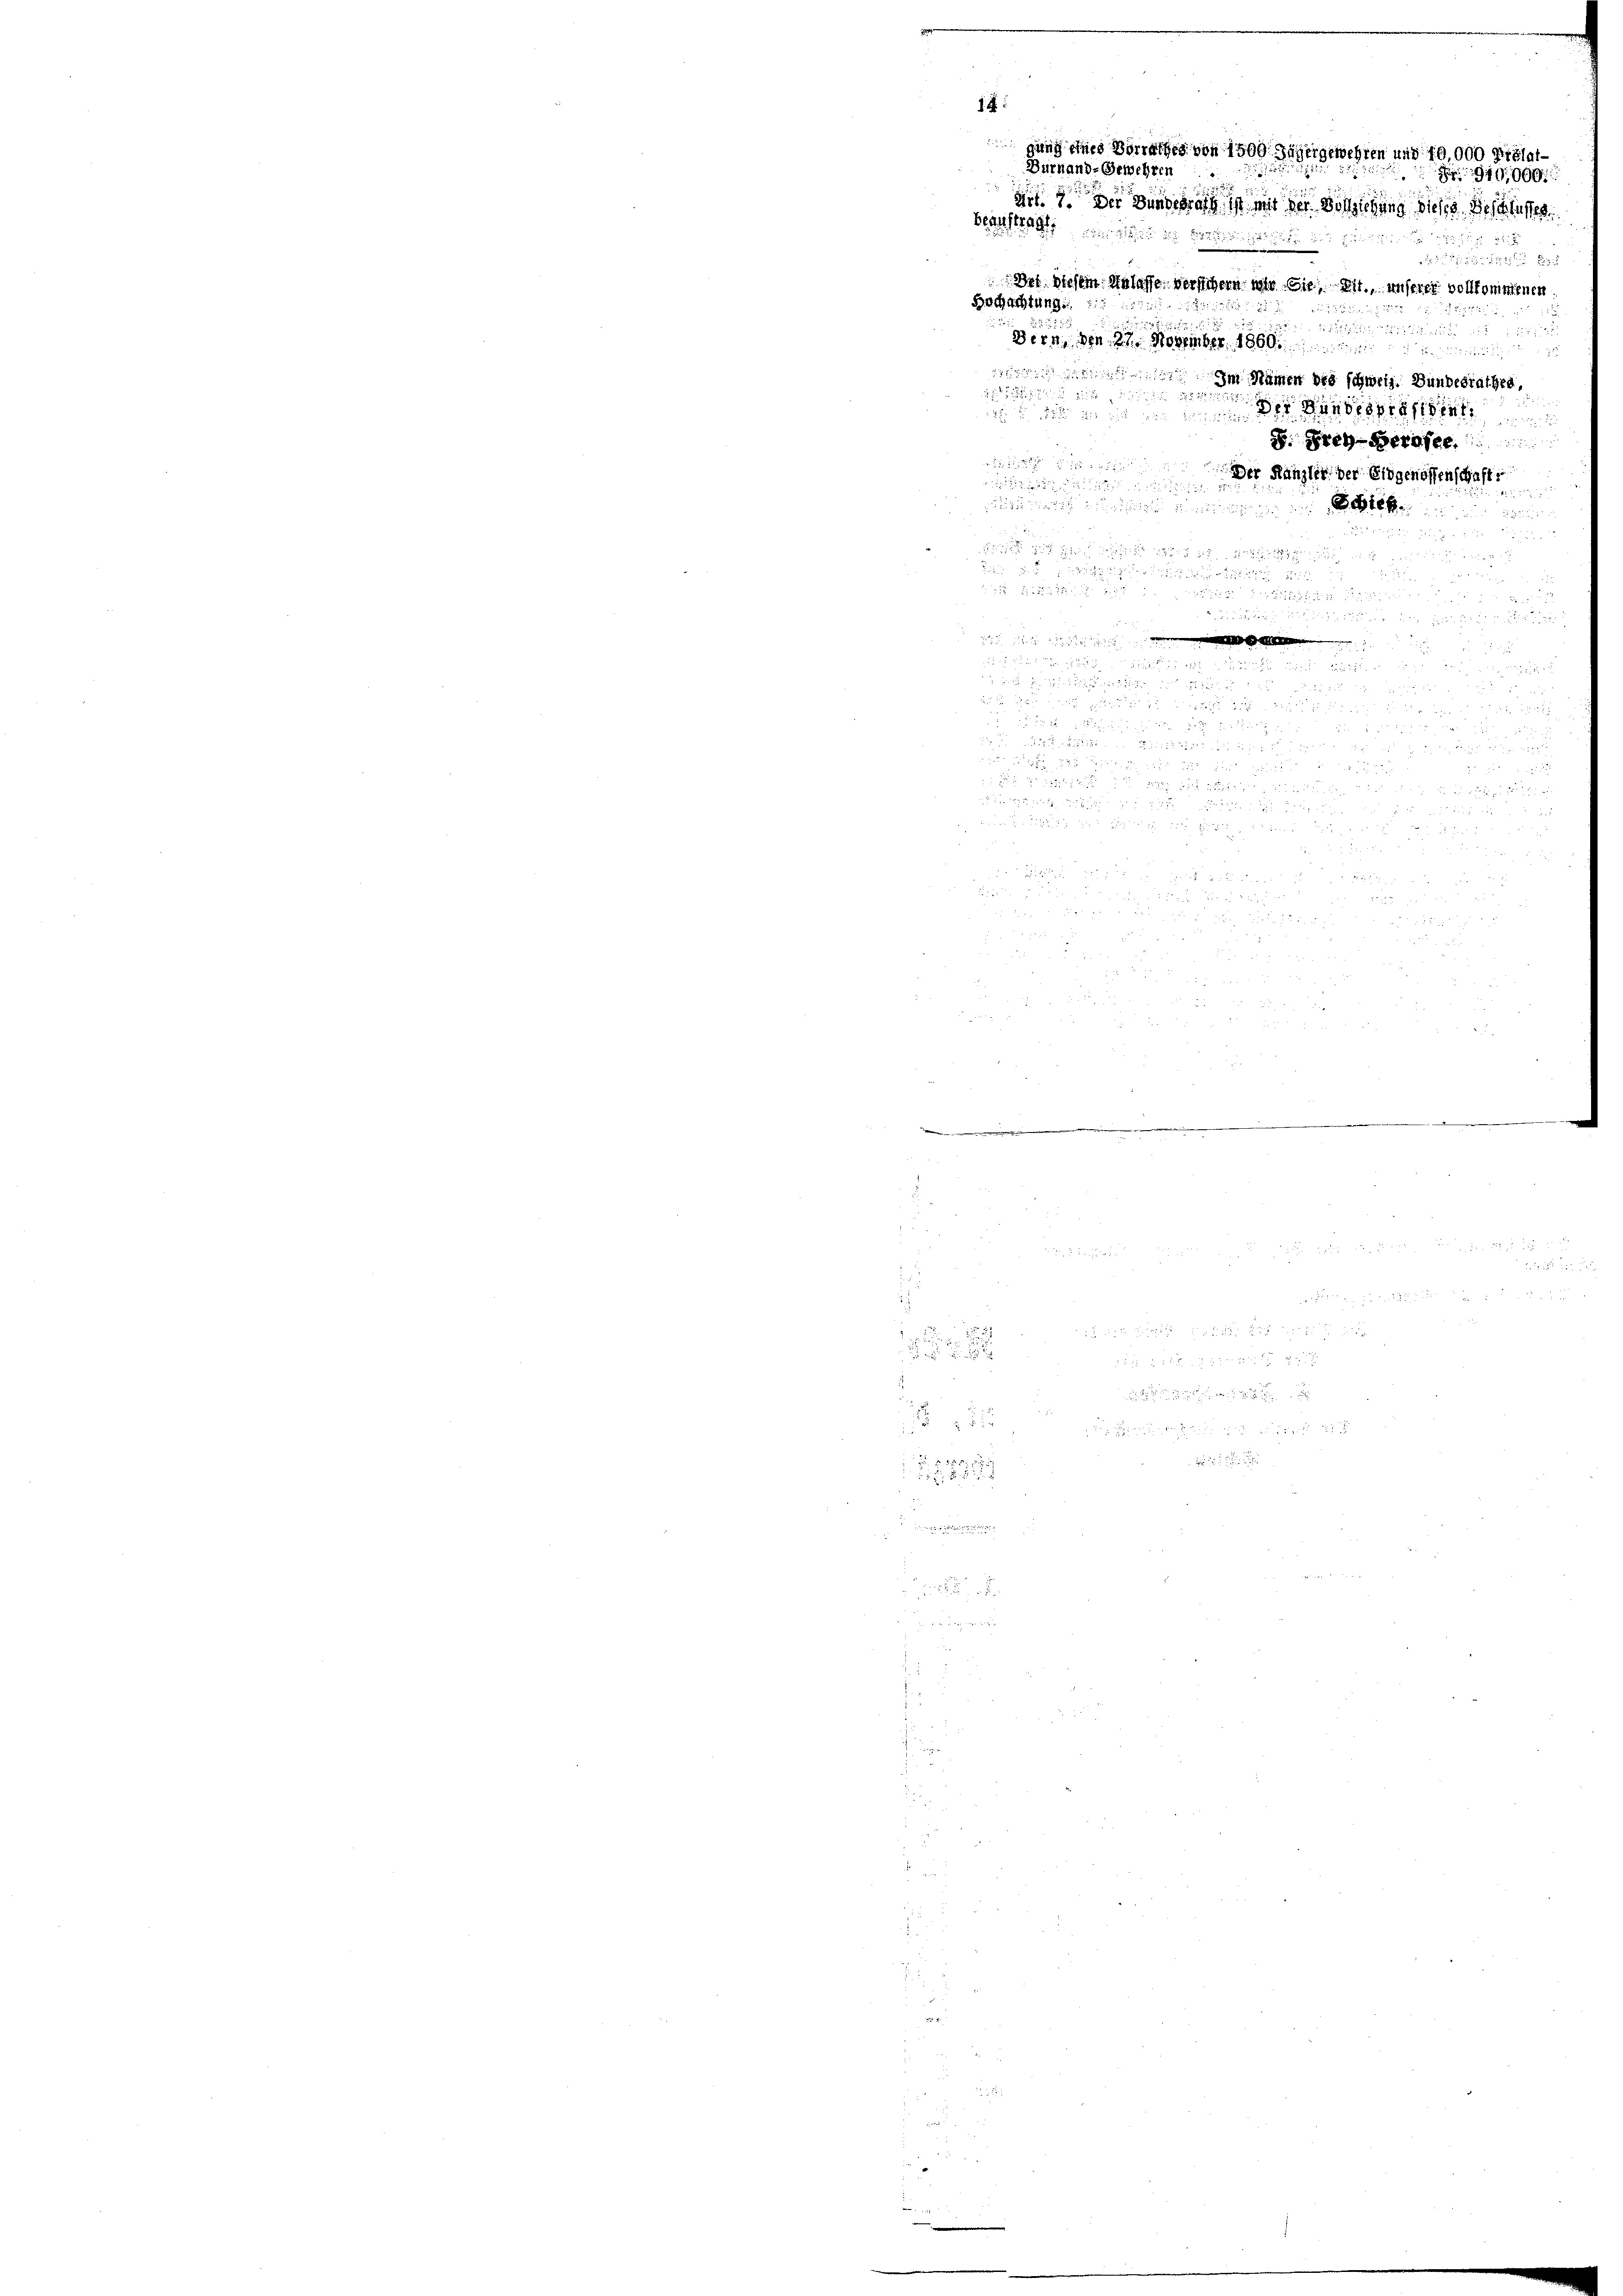
14
Durhand-Gewehren

2 durch die
he an

d
 xxx
x

¬
 3

8

gung eines Vorrathes von 1500 Jäger gewehren und 10,000 Prélatiit der Bundesrath ist mit der Vorziehung dieses Beschlüsse
Beauftrages Berichte bei ihn au
Des, diesem Anlasse versichern war. Sie, mit unserer vollkommenen
Hochachtung

Bern, den 27. November 1868 und
 Im Namen des schweiz. Bundesrathes,
2
1

Bete

ng der das
25

2 x
52
u

 55 x

2

s das er sich

         8 x
de

u
 x
dnn sie auch in
 220 f 24 x
 8 20

       24 " " 4 § 2
.
2
                   diese
 2 x

Der Handessen
p. 1888 gegen
Der Kanzler der Eidgenossenschaft,

919,000

x